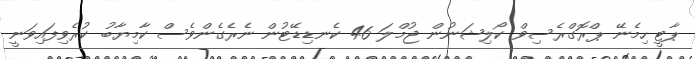
ޕާޓީ ހިމެނޭ ޕްރޮގްރެސިވް ކޯލިޝަނުން ޖުމްލަ 46 ކެނޑިޑޭޓުން ނެރެގެންވެސް ކާމިޔާބު ކުރެވިފައިވަނީ